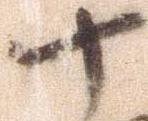
十